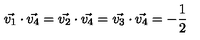
\vec { v _ { 1 } } \cdot \vec { v _ { 4 } } = \vec { v _ { 2 } } \cdot \vec { v _ { 4 } } = \vec { v _ { 3 } } \cdot \vec { v _ { 4 } } = - \frac { 1 } { 2 }